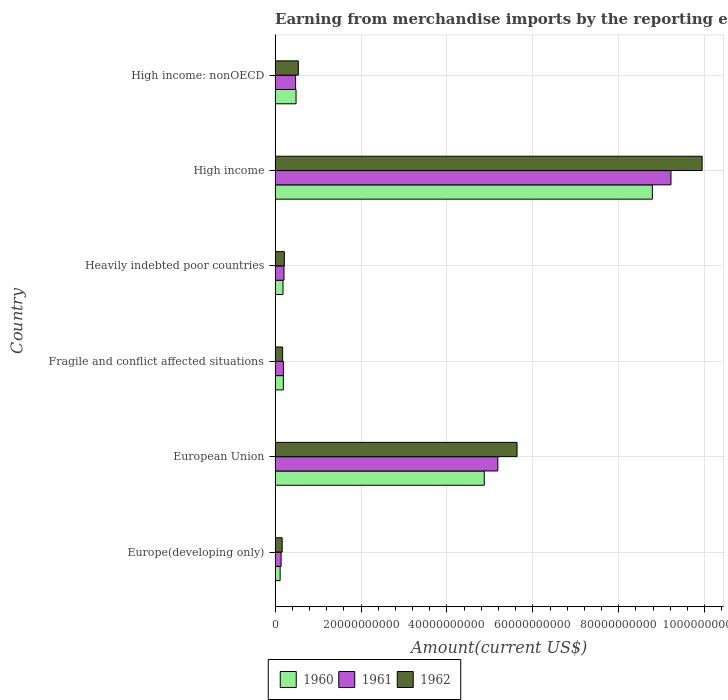
| Country | 1960 | 1961 | 1962 |
 | --- | --- | --- | --- |
 | Europe(developing only) | 1.18e+09 | 1.4e+09 | 1.65e+09 |
 | European Union | 4.87e+10 | 5.18e+10 | 5.63e+10 |
 | Fragile and conflict affected situations | 1.92e+09 | 1.94e+09 | 1.76e+09 |
 | Heavily indebted poor countries | 1.84e+09 | 2.07e+09 | 2.16e+09 |
 | High income | 8.78e+10 | 9.21e+10 | 9.94e+10 |
 | High income: nonOECD | 4.88e+09 | 4.77e+09 | 5.41e+09 |